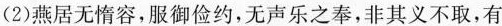
(2)瓶居无惰容，服御俭约，无声乐之奉，非其义不取，有